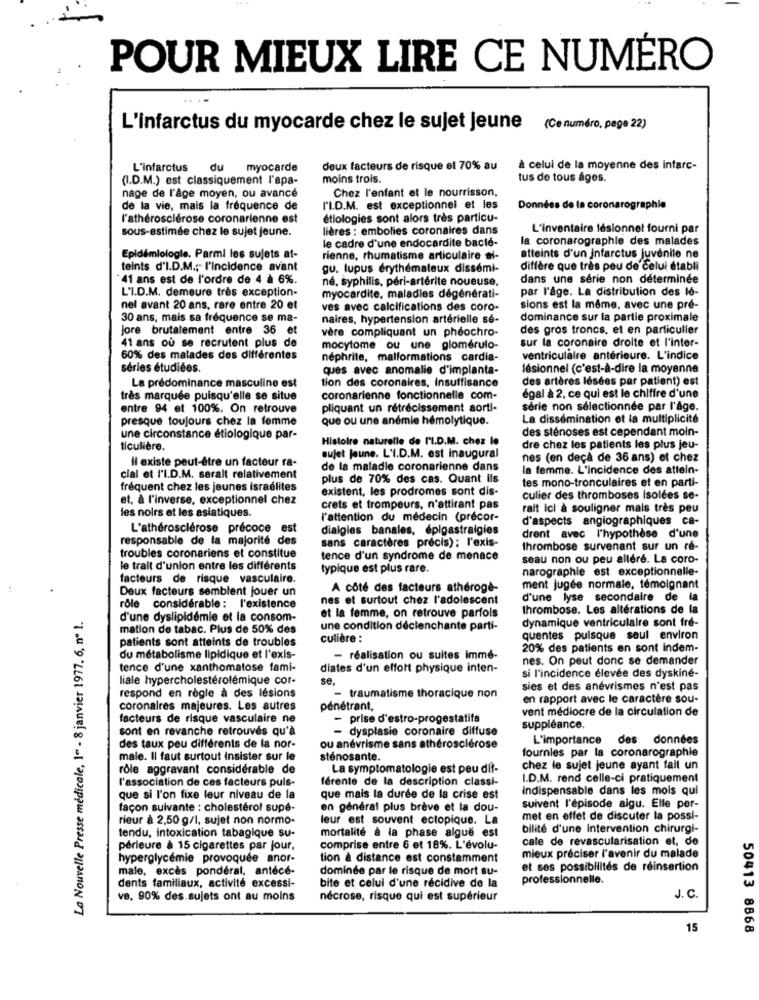
POUR MIEUX LIRE CE NUMÉRO
L'infarctus du myocarde chez le sujet jeune (Ce numéro, pege 22)
L'infarctus
du
myocarde
deux facteurs de risque el 70% au
à celui de la moyenne des infarc-
(I.D.M.) est classiquement l'apa-
moins trois.
tus de tous ages.
nage de l'âge moyen, ou avancé
Chez l'enfant et le nourrisson,
de la vie, mais la fréquence de
l'I.D.M. est exceptionnel et les
Données de la coronarographie
l'athérosclérose coronarienne est
étiologies sont alors très particu-
sous-estimée chez le sujet jeune.
lières : embolies coronaires dans
L'inventaire lésionnet fourni par
le cadre d'une endocardite bacté-
la coronarographie des malades
Epidemiologie. Parmi les sujets at-
rienne, rhumatisme articulaire ai-
atteints d'un infarctus juvenile ne
teints d'I.D.M .; l'incidence avant
gu. lupus érythémateux dissémi-
diffère que très peu de celui établi
41 ans est de l'ordre de 4 à 6%.
né, syphilis, péri-artérite noueuse,
dans une série non déterminée
L'I.D.M. demeure très exception-
par l'age. La distribution des lo-
myocardite, maladies dégénérati-
nel avant 20 ans, rare entre 20 et
ves avec calcifications des coro-
sions est la même, avec une pré-
30 ans, mais sa fréquence se ma-
naires, hypertension artérielle se-
dominance sur la partie proximale
Jore brutalement entre 36 et
vere compliquant un pheochro-
des gros troncs, et en particulier
41 ans où se recrutent plus de
mocytome ou une glomerulo-
sur la coronaire droite et l'inter-
60% des malades des différentes
nephrite, malformations cardia-
ventriculaire antérieure. L'indice
séries étudiées.
ques avec anomalie d'implanta-
lésionnel (c'est-à-dire la moyenne
La prédominance masculine est
des artères lésées par patient) est
tion des coronaires, Insuffisance
très marquée puisqu'elle se situe
coronarienne fonctionnelle com-
égal à 2. ce qui est le chiffre d'une
entre 94 et 100%. On retrouve
pliquant un rétrécissement sorti-
série non sélectionnée par l'âge.
presque toujours chez la femme
que ou une anémie hemolytique.
La dissémination et la multiplicité
des sténoses est cependant moin-
une circonstance étiologique par-
Histoire naturelle de l'I.D.M. chez le
ticulière.
dre chez les patients les plus jeu-
Il existe peut-être un facteur ra-
sujet jeune. L'I.D.M. est inaugural
nes (en deçà de 36 ans) et chez
de la maladie coronarienne dans
la femme. L'incidence des attein-
cial et l'I.D.M. serait relativement
plus de 70% des cas. Quant ils
tes mono-tronculaires et en parti-
fréquent chez les jeunes israelites
existent, les prodromes sont dis-
et, à l'inverse, exceptionnel chez
culier des thromboses Isolées se-
crets et trompeurs, n'attirant pas
rait Ici à souligner mais très peu
les noirs et les asiatiques.
l'attention du médecin (precor-
d'aspects angiographiques ca-
L'athérosclérose précoce est
dialgles banales, epigastralgies
responsable de la majorité des
drent avec l'hypothèse d'une
sans caractères precis); l'exis-
thrombose survenant sur un ré-
troubles coronariens et constitue
tence d'un syndrome de menace
seau non ou peu altéré. La coro-
le trait d'union entre les différents
typique est plus rare.
narographie est exceptionnelle-
facteurs de risque vasculaire.
Deux facteurs semblent jouer un
A côté des facteurs athéroge-
ment jugée normale, témoignant
nes et surtout chez l'adolescent
d'une lyse secondaire de la
rôle considerable : l'existence
thrombose. Les altérations de la
La Nouvelle Presse médicale, 1" - 8 janvier 1977, 6, nº 1.
d'une dyslipidémie et la consom-
et la femme, on retrouve parfois
dynamique ventriculaire sont fré-
mation de tabac. Plus de 50% des
une condition decienchante parti-
patients sont atteints de troubles
culière :
quentes puisque seul environ
20% des patients en sont indem-
du métabolisme lipidique et l'exis-
- réalisation ou suites Immé-
nes. On peut donc se demander
tence d'une xanthomatose fami-
diates d'un effort physique inten-
si l'incidence élevée des dyskiné-
liale hypercholesterolémique cor-
se,
sies et des anévrismes n'est pas
respond en règle à des lésions
- traumatisme thoracique non
en rapport avec le caractère sou-
coronaires majeures. Les autres
pénétrant,
vent médiocre de la circulation de
facteurs de risque vasculaire ne
- prise d'estro-progestatifs
sont en revanche retrouvés qu'à
- dysplasie coronaire diffuse
suppléance
L'importance des données
des taux peu différents de la nor-
ou anévrisme sans athérosclérose
fournies par la coronarographie
male. Il faut surtout Insister sur le
sténosante.
rôle aggravant considérable de
La symptomatologie est peu dit-
chez le sujet jeune ayant fait un
l'association de ces facteurs puls-
férente de la description classi-
I.D.M. rend celle-ci pratiquement
Indispensable dans les mois qui
que si l'on fixe leur niveau de la
que mais la durée de la crise est
façon suivante : cholestérol supe-
en général plus brève et la dou-
suivent l'épisode aigu. Elle per-
rieur à 2,50 g/l, sujet non normo-
leur est souvent ectopique. La
met en effet de discuter la possi-
tendu, intoxication tabagique su-
mortalité à la phase algue est
bilité d'une intervention chirurgi-
cale de revascularisation et, de
périeure à 15 cigarettes par jour.
comprise entre 6 et 18%. L'évolu-
hyperglycemic provoquée anor-
tion à distance est constamment
mieux preciser l'avenir du malade
male, excès ponderal, antécé-
dominee par le risque de mort su-
et ses possibilités de réinsertion
dents familiaux, activité excessi-
bite et celui d'une récidive de la
professionnelle.
ve, 90% des.sujets ont au moins
nécrose, risque qui est supérieur
J. C.
15
50413 8668